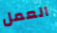
العمل